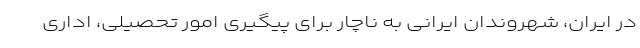
در ایران، شهروندان ایرانی به ناچار برای پیگیری امور تحصیلی، اداری